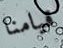
قيامنا